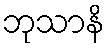
ဘုသာနိ